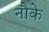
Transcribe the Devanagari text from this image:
नौके